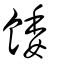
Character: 餧